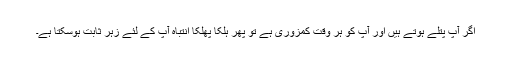
اگر آپ پتلے ہوتے ہیں اور آپ کو ہر وقت کمزوری ہے تو پھر ہلکا پھلکا انتباہ آپ کے لئے زہر ثابت ہوسکتا ہے۔